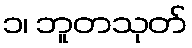
၁၊ ဘူတသုတ်